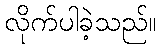
လိုက်ပါခဲ့သည်။